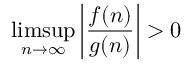
\operatorname* { l i m s u p } _ { n \to \infty } \left| { \frac { f ( n ) } { g ( n ) } } \right| > 0